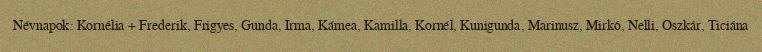
Névnapok: Kornélia + Frederik, Frigyes, Gunda, Irma, Kámea, Kamilla, Kornél, Kunigunda, Marinusz, Mirkó, Nelli, Oszkár, Ticiána